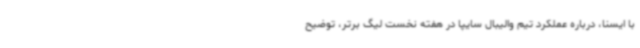
با ایسنا، درباره عملکرد تیم والیبال سایپا در هفته نخست لیگ برتر، توضیح